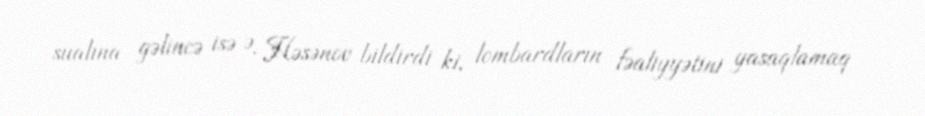
sualına gəlincə isə Ə. Həsənov bildirdi ki, lombardların fəaliyyətini yasaqlamaq